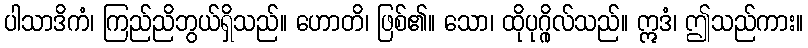
ပါသာဒိကံ၊ ကြည်ညိဘွယ်ရှိသည်။ ဟောတိ၊ ဖြစ်၏။ သော၊ ထိုပုဂ္ဂိုလ်သည်။ ဣဒံ၊ ဤသည်ကား။